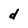
Character: d